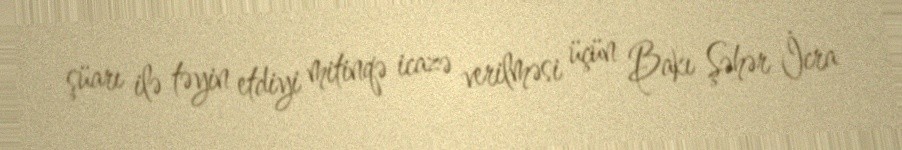
şüarı ilə təyin etdiyi mitinqə icazə verilməsi üçün Bakı Şəhər İcra